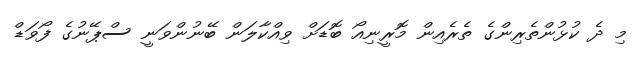
މި ދެ ކުޅުންތެރިންގެ ތެރެއިން މޮރީނިއޯ ބޮޑަށް ވިއްކާލަން ބޭނުންވަނީ ސްޕޭނުގެ ފޯވަޑް